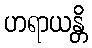
ဟရာယန္တိ